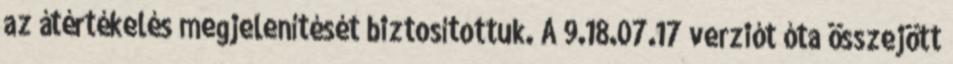
az átértékelés megjelenítését biztosítottuk. A 9.18.07.17 verziót óta összejött